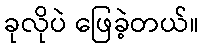
ခုလိုပဲ ဖြေခဲ့တယ်။